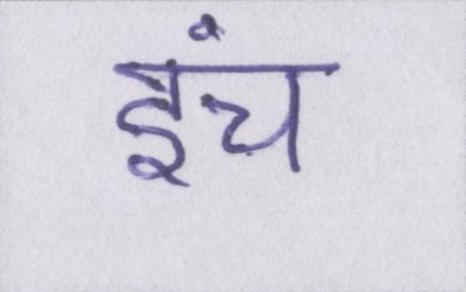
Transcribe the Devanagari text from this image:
इंच